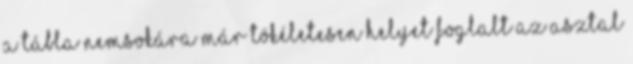
A tábla nemsokára már tökéletesen helyet foglalt az asztal